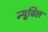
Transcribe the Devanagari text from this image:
न्यूविल